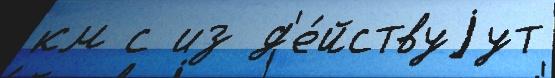
км с из д'е́йствуjут